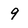
Character: 9